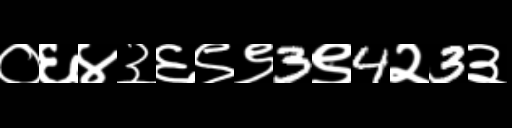
Text: ०६४३६९९3९4२3३